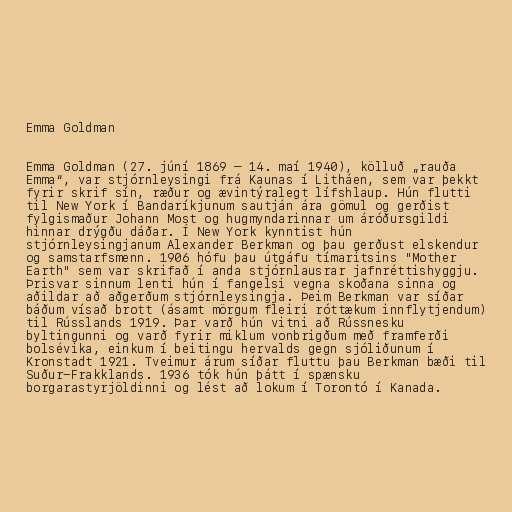
Emma Goldman

Emma Goldman (27. júní 1869 – 14. maí 1940), kölluð „rauða
Emma“, var stjórnleysingi frá Kaunas í Litháen, sem var þekkt
fyrir skrif sín, ræður og ævintýralegt lífshlaup. Hún flutti
til New York í Bandaríkjunum sautján ára gömul og gerðist
fylgismaður Johann Most og hugmyndarinnar um áróðursgildi
hinnar drýgðu dáðar. Í New York kynntist hún
stjórnleysingjanum Alexander Berkman og þau gerðust elskendur
og samstarfsmenn. 1906 hófu þau útgáfu tímaritsins "Mother
Earth" sem var skrifað í anda stjórnlausrar jafnréttishyggju.
Þrisvar sinnum lenti hún í fangelsi vegna skoðana sinna og
aðildar að aðgerðum stjórnleysingja. Þeim Berkman var síðar
báðum vísað brott (ásamt mörgum fleiri róttækum innflytjendum)
til Rússlands 1919. Þar varð hún vitni að Rússnesku
byltingunni og varð fyrir miklum vonbrigðum með framferði
bolsévika, einkum í beitingu hervalds gegn sjóliðunum í
Kronstadt 1921. Tveimur árum síðar fluttu þau Berkman bæði til
Suður-Frakklands. 1936 tók hún þátt í spænsku
borgarastyrjöldinni og lést að lokum í Torontó í Kanada.